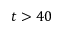
t > 4 0